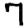
Digit: 7